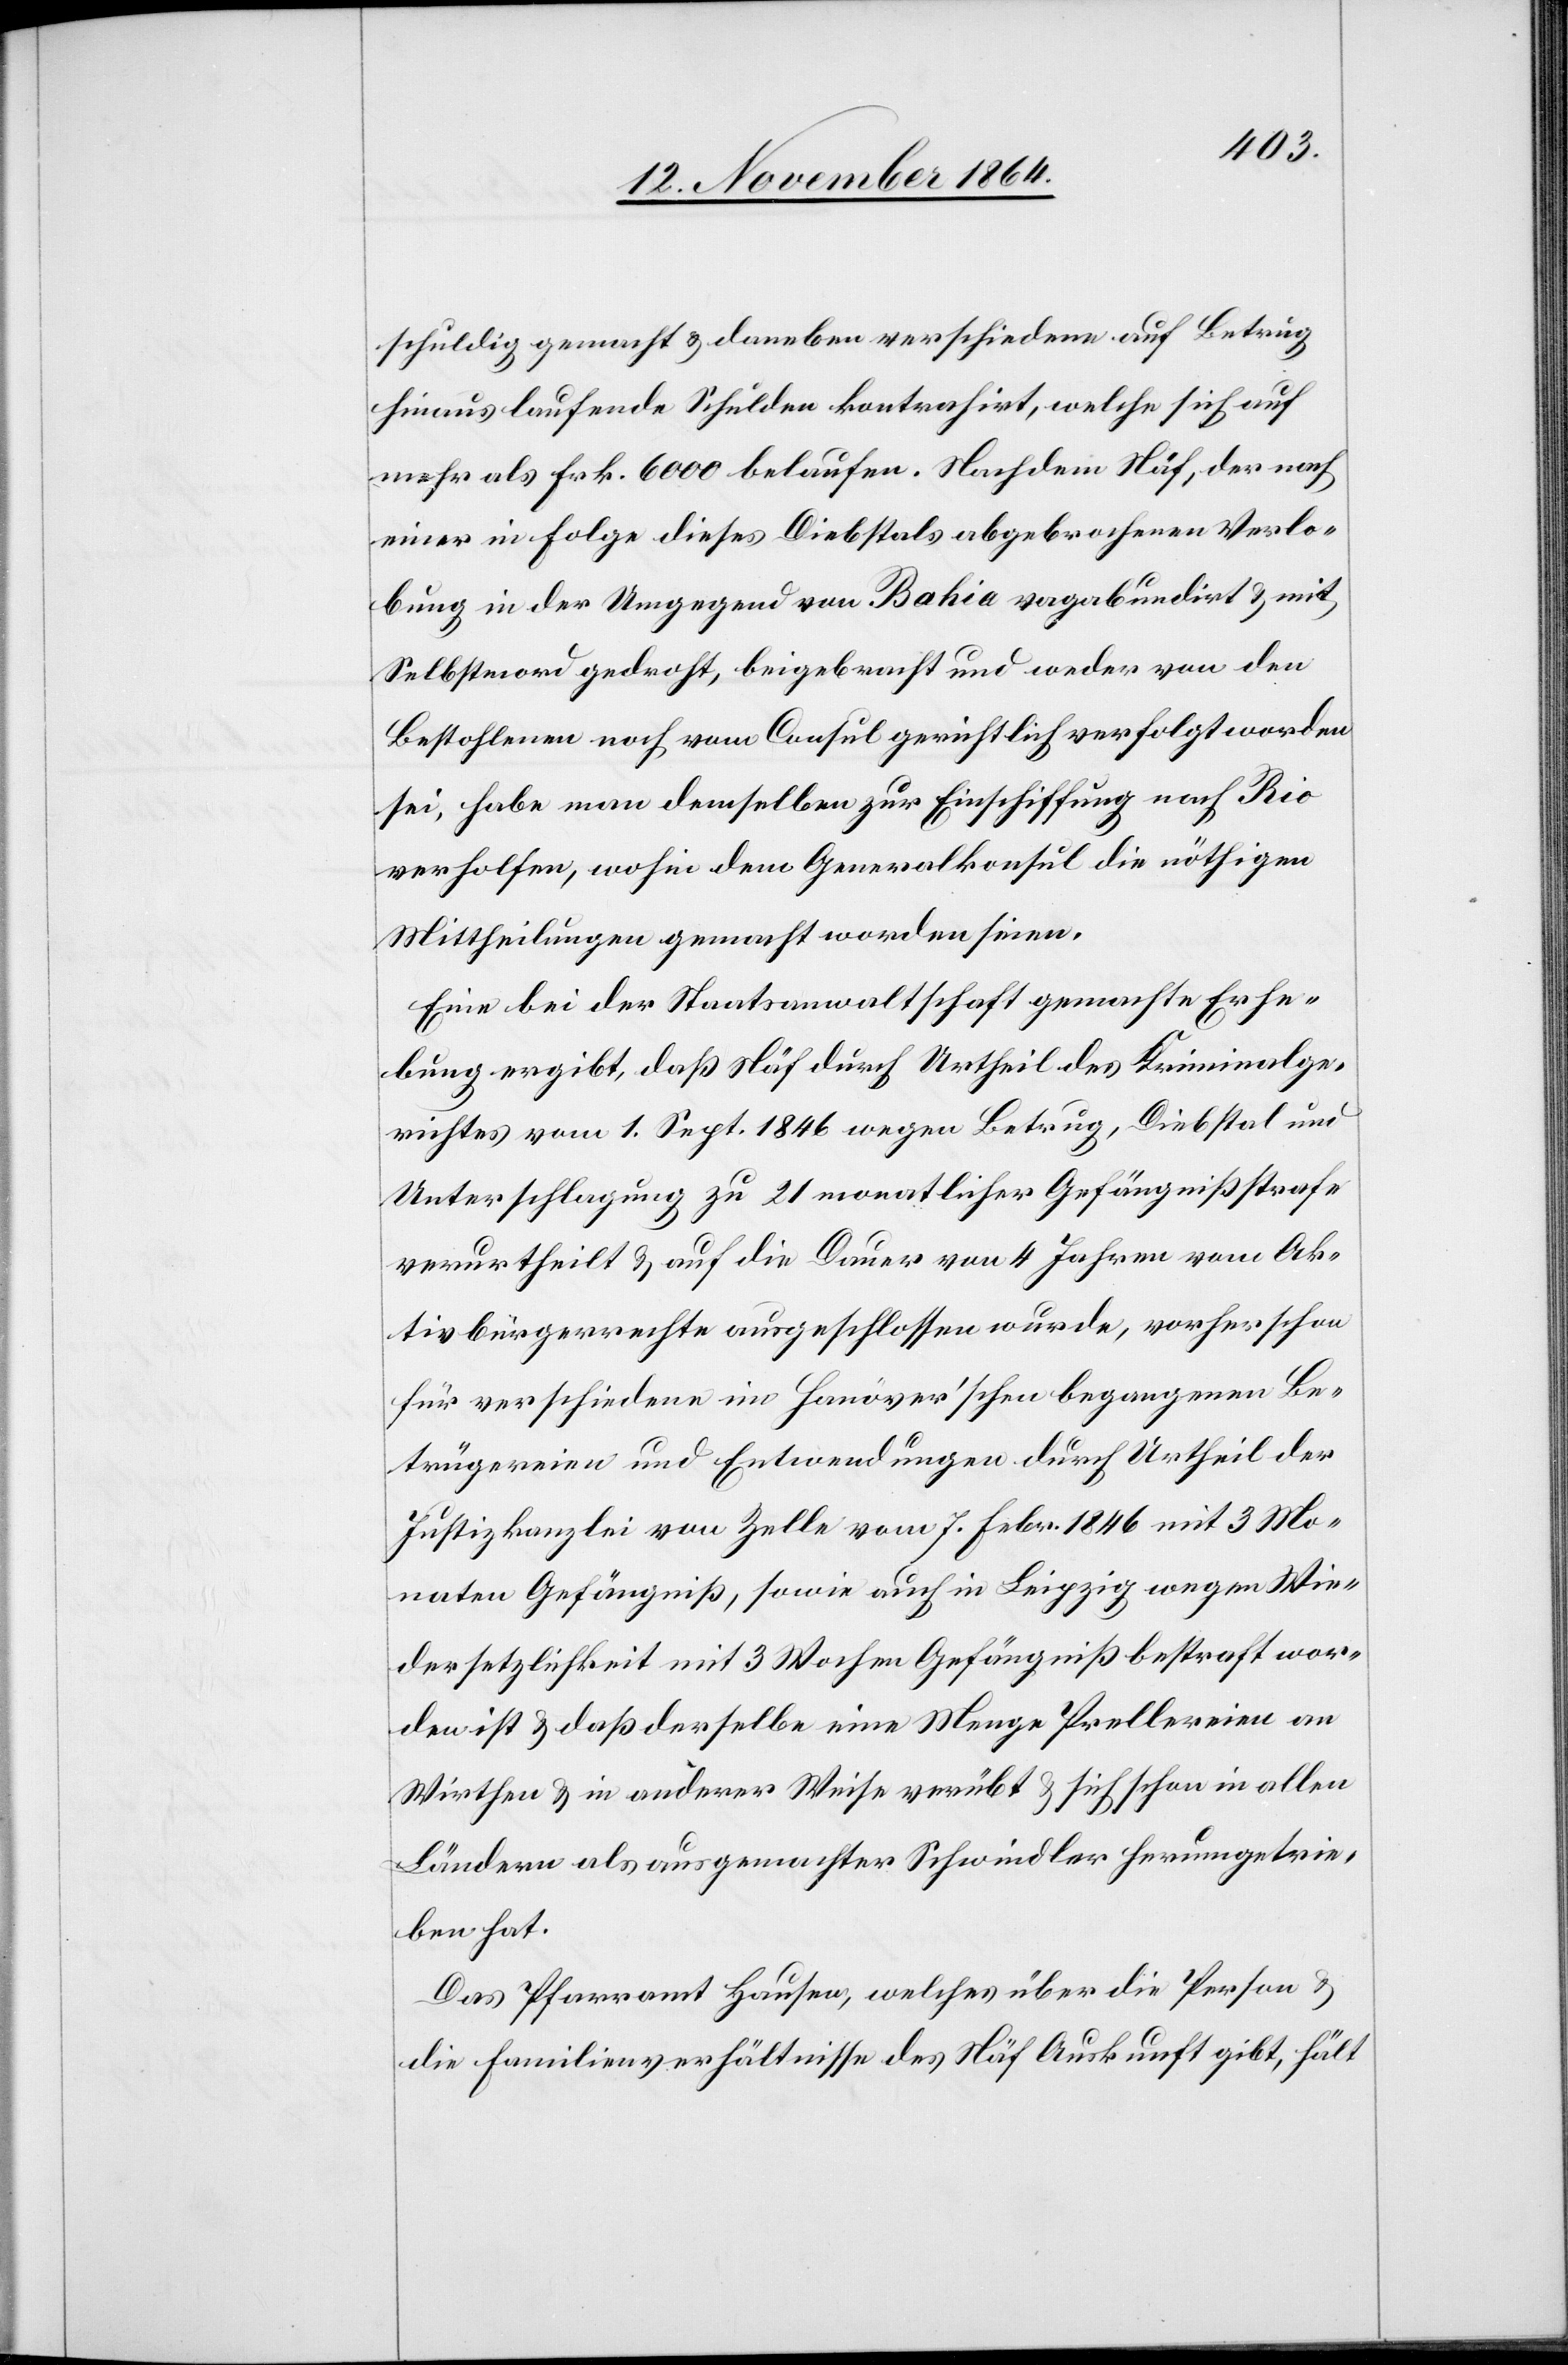
schuldig gemacht & daneben verschiedene auf Betrug
hinaus laufende Schulden kontrahirt, welche sich auf
mehr als Frk. 6000 belaufen. Nachdem Näf, der nach
einer in Folge dieses Diebstals abgebrochenen Verlo¬
bung in der Umgegend von Bahia vagabundirt & mit
Selbstmord gedroht, beigebracht und weder von den
Bestohlenen noch vom Consul gerichtlich verfolgt worden
sei, habe man demselben zur Einschiffung nach Rio
verholfen, wohin dem Generalkonsul die nöthigen
Mittheilungen gemacht worden seien.
Eine bei der Staatsanwaltschaft gemachte Erhe¬
bung ergibt, daß Näf durch das Urtheil des Kriminalge¬
richtes vom 1. Sept. 1846 wegen Betrug, Diebstal und
Unterschlagung zu 21monatlicher Gefängnißstrafe
verurtheilt & auf die Dauer von 4 Jahren vom Ak¬
tivbürgerrechte ausgeschlossen wurde, vorher schon
für verschiedene im Hanover’schen begangenen Be¬
trügereien und Entwendungen durch Urtheil der
Justizkanzlei von Zelle vom 7 Febr. 1846 mit 3 Mo¬
naten Gefängniß, sowie auch in Leipzig wegen Wie¬
dersetzlichkeit mit 3 Wochen Gefängniß bestraft wor¬
den ist & daß derselbe eine Menge Prellereien an
Wirthen & in anderer Weise verübt & sich schon in allen
Ländern als ausgemachter Schwindler herumgetrie¬
ben hat.
Das Pfarramt Hausen, welches über die Person &
die Familienverhältnisse des Näf Auskunft gibt, hält